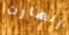
إنهارت